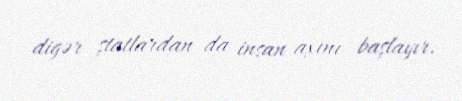
digər ştatlardan da insan axını başlayır.